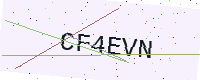
Text: CF4EVN